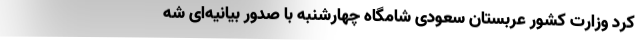
کرد وزارت کشور عربستان سعودی شامگاه چهارشنبه با صدور بیانیه‌ای شه